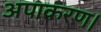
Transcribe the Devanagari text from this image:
अपाकरण।